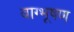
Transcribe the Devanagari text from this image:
वाग्भूषण